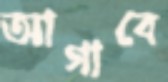
আগাবে